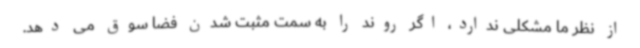
از نظر ما مشکلی ندارد، اگر روند را به سمت مثبت شدن فضا سوق می دهد.